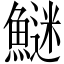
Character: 𩺍